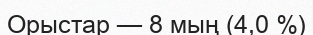
Орыстар — 8 мың (4,0 %)